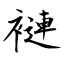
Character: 褳